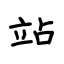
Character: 站